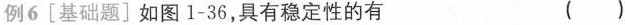
例6[基础题]如图1-36，具有稳定性的有 ( )